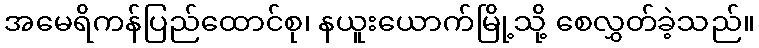
အမေရိကန်ပြည်ထောင်စု၊ နယူးယောက်မြို့သို့ စေလွှတ်ခဲ့သည်။